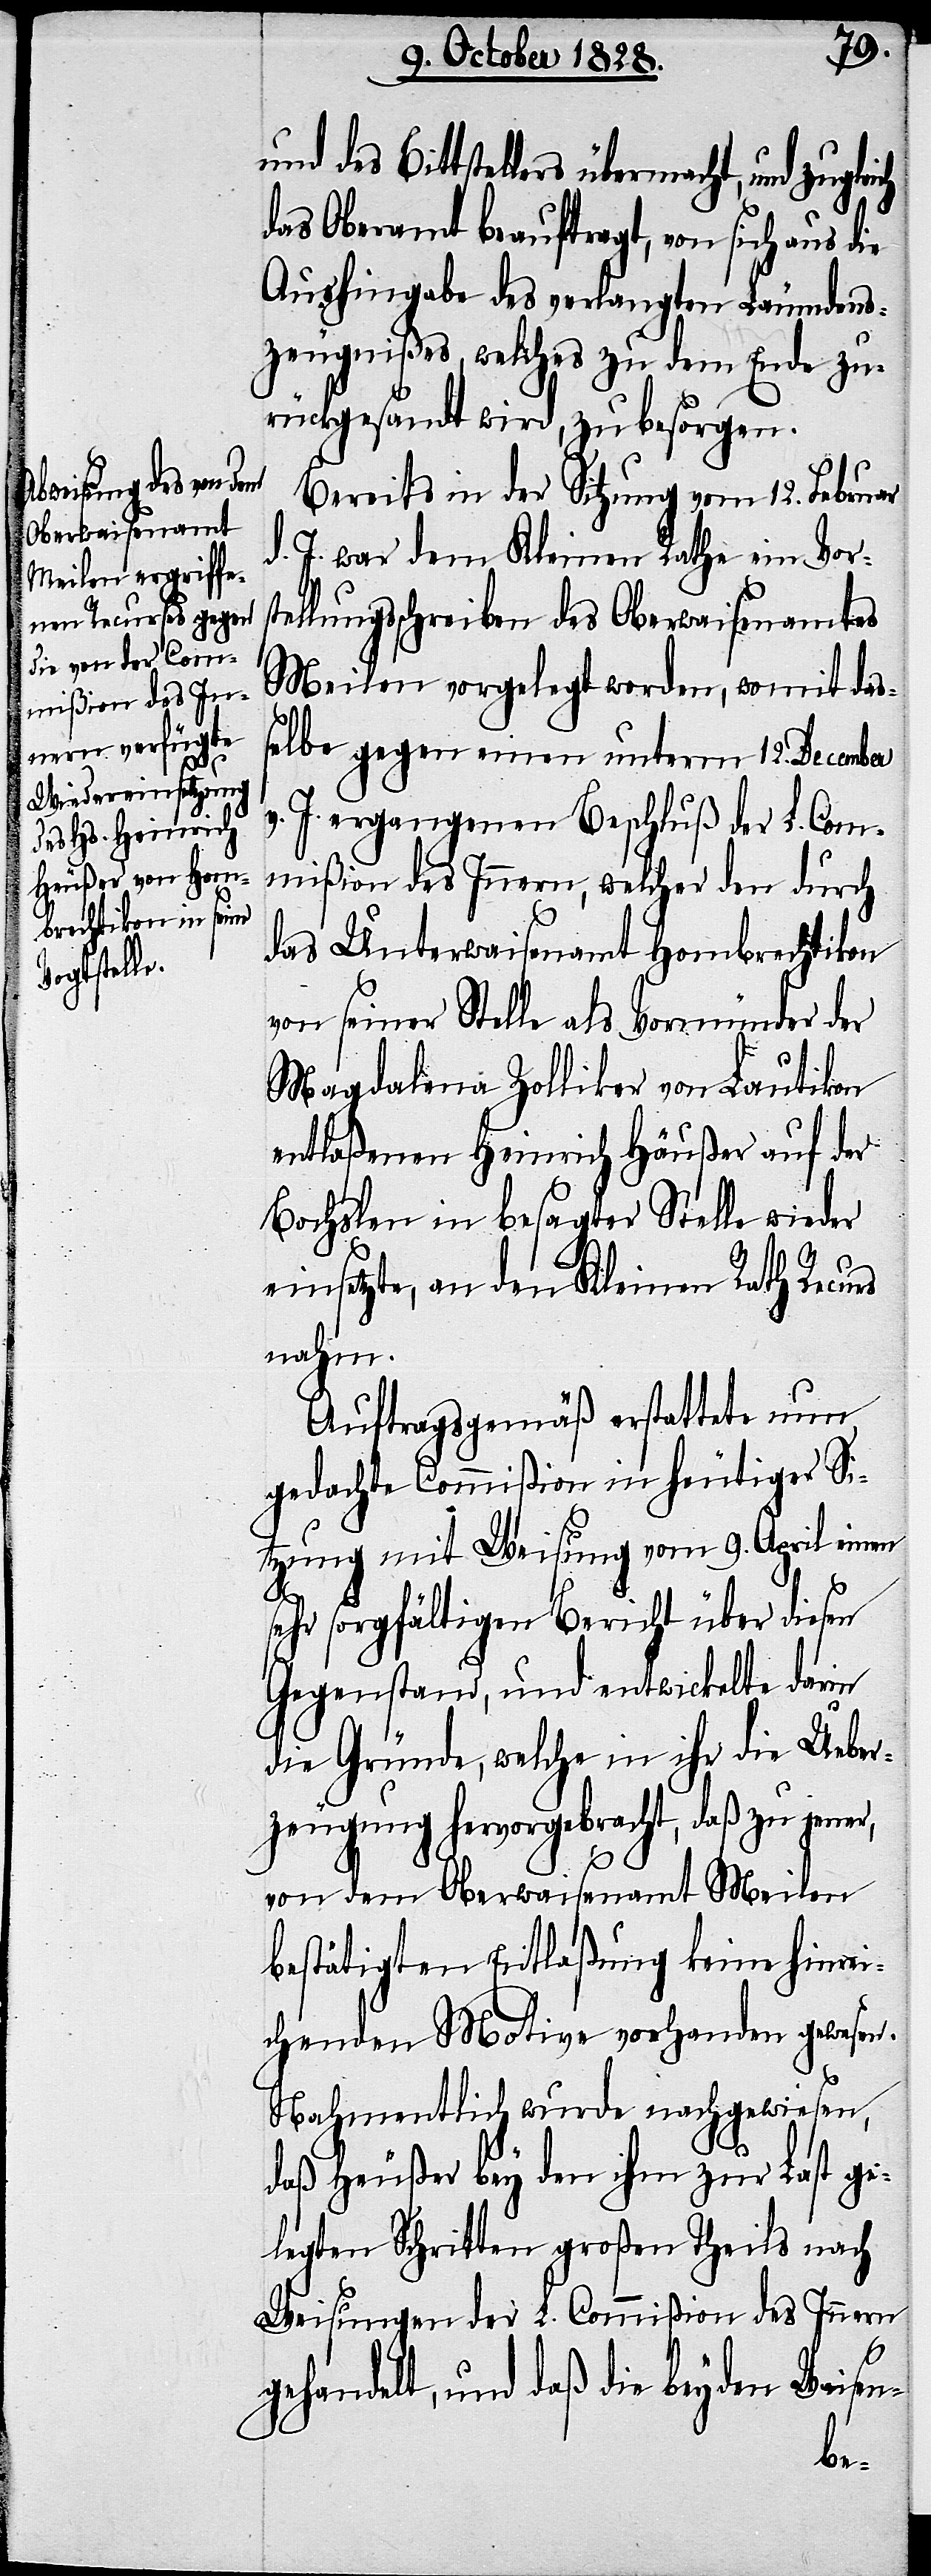
und des Bittstellers übermacht, und
das Oberamt beauftragt, von sich aus die
Aushingabe des verlangten Leumdens¬
zeugnißes, welches zu dem Ende zu¬
rückgesandt wird, zu besorgen.
Bereits in der Sitzung vom 12. Februar
J. war dem Kleinen Rathe ein Vors¬
tellungsschreiben des Oberwaisenamtes
Meilen vorgelegt worden, womit das¬
selbe gegen einen unterm 12. December
v. J. ergangenen Beschluß der L. Com¬
mißion des Innern, welcher den durch
das Unterwaisenamt Hombrechtikon
von seiner Stelle als Vormünder der
Magdalena Zolliker von Lautikon
entlaßenen Heinrich Häußer auf der
Bochslen in besagter Stelle wieder
einsetzte, an den Kleinen Rath Recurs
nahm.
Auftragsgemäß erstattete nun
gedachte Commißion in heutiger Si¬
tzung mit Weisung vom 9. April einen
hr sorgfältigen Bericht über diesen
Gegenstand, und entwickelte darin
die Gründe, welche in ihr die Ueber¬
zeugung hervorgebracht, daß zu jener,
von dem Oberwaisenamt Meilen
bestätigten Entlaßung keine hinrei¬
chenden Motive vorhanden gewesen.
Nahmentlich wurde nachgewiesen,
daß Heußer bey den ihm zur Last ge¬
legten Schritten großen Theils nach
Weisungen der L. Commißion des Innern
gehandelt, und daß die beyden Waisen-
se¬